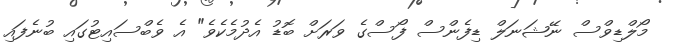
މޯލްޑިވްސް ނޭޝަނަލް ޑިފެންސް ފޯސްގެ ވަރަށް ބޮޑު އެދުމެކެވެ" އެ ވެބްސައިޓުގައި ބުނެފައި